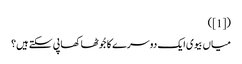
([1])
میاں بیوی ایک دوسرے کا جُوٹھا کھا پی سکتے ہیں؟